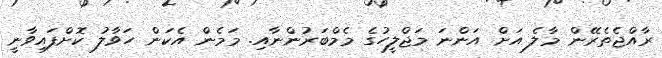
ރާއްޖެތެރޭން މާލެ އަށް އަންނަ މަޖްލީހުގެ މެމްބަރުންނާއި. މަމެން އެކަން ހަވާލު ކޮށްފައިވާނީ